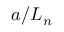
a / L _ { n }